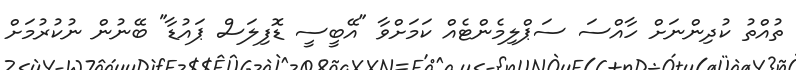
ތުއްތު ކުދިންނަށް ހާއްސަ ސަޕްލިމެންޓެއް ކަމަށްވާ "އޭބީސީ ޑޮފިލަސް ޕައުޑާ" ބޭނުން ނުކުރުމަށް